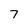
Character: 7